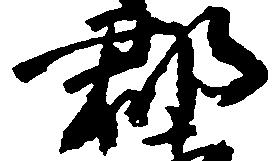
郡